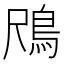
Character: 𱈟